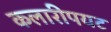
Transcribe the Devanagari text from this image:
कलारीपयट